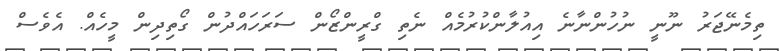
ތިމެނޭޖަރު ނޫނީ ނުހުންނާނެ އިއުލާންކުރުމެއް ނެތި ގްރީންޒޯން ސަރަހައްދުން ގޯތިދިން މީހެއް. އެވެސް